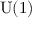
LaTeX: { \mathrm { U } } ( 1 )